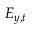
E _ { y , t }